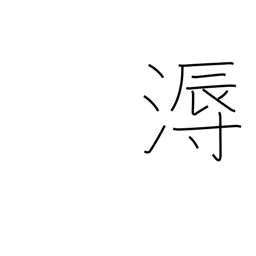
Meaning: humid